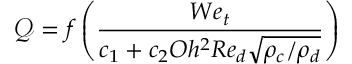
\mathcal { Q } = f \left( \frac { W e _ { t } } { c _ { 1 } + c _ { 2 } O h ^ { 2 } R e _ { d } \sqrt { \rho _ { c } / \rho _ { d } } } \right)